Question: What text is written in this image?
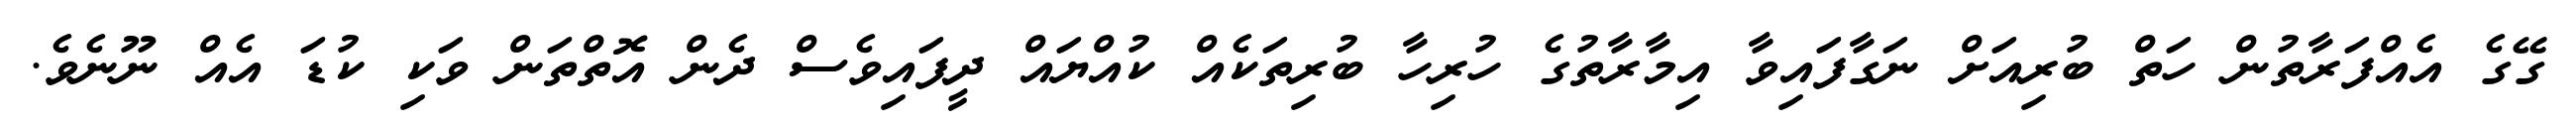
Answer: ގޭގެ އެއްފަރާތުން ހަތް ބުރިއަށް ނަގާފައިވާ އިމާރާތުގެ ހުރިހާ ބުރިތަކެއް ކުއްޔައް ދީފައިވެސް ދެން އޮތްތަން ވަކި ކުޑަ އެއް ނޫނެވެ.